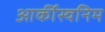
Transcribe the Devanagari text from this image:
आर्कीस्वनिम